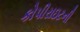
કોપીરાઇટની